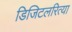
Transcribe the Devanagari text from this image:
डिजिटलरित्या